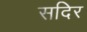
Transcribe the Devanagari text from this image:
सदिर